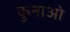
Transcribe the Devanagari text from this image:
कुनाओ